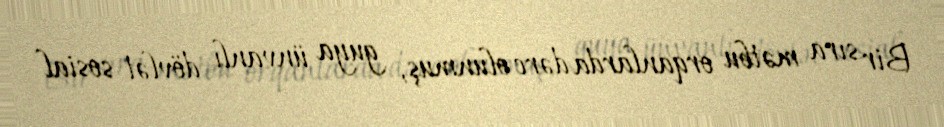
Bir sıra mətbu orqanlarda dərc olunmuş, guya ünvanlı dövlət sosial